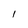
Character: I